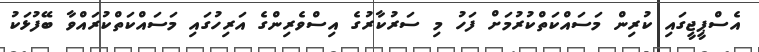
އެސްޕީޖީގައި ކުރިން މަސައްކަތްކުރުމަށް ފަހު މި ސަރުކާރުގެ އިސްވެރިންގެ އަރިހުގައި މަސައްކަތްކުރައްވާ ބޭފުޅަކު